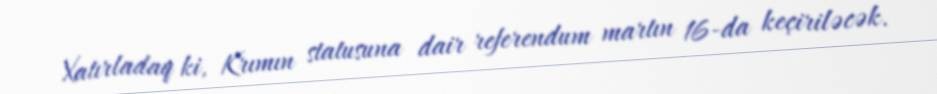
Xatırladaq ki, Krımın statusuna dair referendum martın 16-da keçiriləcək.